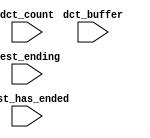
module SoC_NIOS_oci_test_bench (
                                 // inputs:
                                  dct_buffer,
                                  dct_count,
                                  test_ending,
                                  test_has_ended
                               )
;

  input   [ 29: 0] dct_buffer;
  input   [  3: 0] dct_count;
  input            test_ending;
  input            test_has_ended;


endmodule